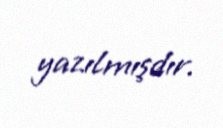
yazılmışdır.